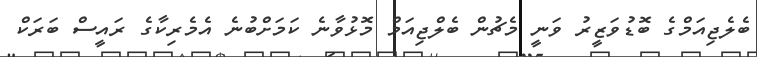
ބެލެޖިއަމްގެ ބޮޑުވަޒީރު ވަނީ މެޗުން ބެލްޖިއަމް މޮޅުވާނެ ކަމަށްބުނެ އެމެރިކާގެ ރައީސް ބަރަކް